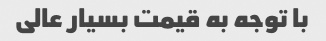
با توجه به قیمت بسیار عالی